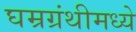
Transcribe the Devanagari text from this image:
घम्रग्रंथीमध्ये